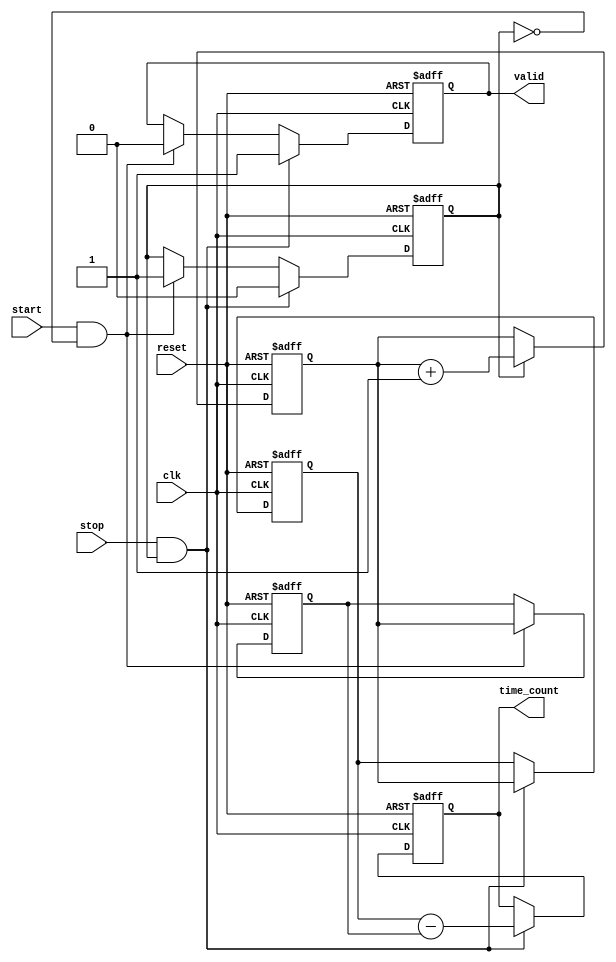
module synchronized_tdc (
    input wire clk,        // Clock signal
    input wire start,      // Start signal
    input wire stop,       // Stop signal
    input wire reset,      // Reset signal
    output reg [31:0] time_count, // Output time count (32-bit)
    output reg valid       // Output valid signal
);

    reg [31:0] counter;        // N-bit counter for time measurement
    reg [31:0] start_time;     // Store start timestamp
    reg [31:0] stop_time;      // Store stop timestamp
    reg counting;              // Flag to indicate counting state

    // Counter logic
    always @(posedge clk or posedge reset) begin
        if (reset) begin
            counter <= 32'b0;      // Reset counter
            time_count <= 32'b0;   // Reset time count
            valid <= 1'b0;         // Reset valid signal
            counting <= 1'b0;      // Reset counting state
            start_time <= 32'b0;   // Reset start timestamp
            stop_time <= 32'b0;    // Reset stop timestamp
        end else begin
            if (counting) begin
                counter <= counter + 1; // Increment counter
            end

            // Start event detection
            if (start && !counting) begin
                start_time <= counter; // Latch the start timestamp
                counting <= 1'b1;      // Enable counting
                valid <= 1'b0;         // Clear valid signal
            end

            // Stop event detection
            if (stop && counting) begin
                stop_time <= counter;  // Latch the stop timestamp
                time_count <= stop_time - start_time; // Calculate time interval
                counting <= 1'b0;      // Disable counting
                valid <= 1'b1;         // Set valid signal
            end
        end
    end

endmodule